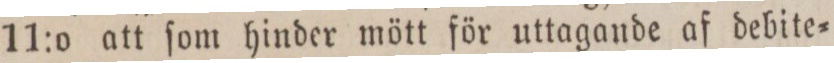
11:o att ſom hinder mött för uttagande af debite=